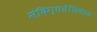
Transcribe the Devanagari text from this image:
संदिग्धतेशिवाय